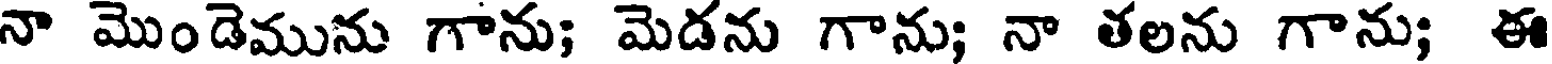
నా మొండెమును గాను; మెడను గాను; నా తలను గాను; ఈ